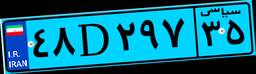
۰۵D۸۲۴۱۲